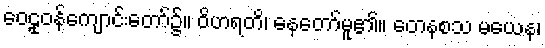
ဝေဠုဝန်ကျောင်းတော်၌။ ဝိဟရတိ၊ နေတော်မူ၏။ တေနစသ မယေန၊